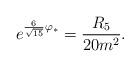
LaTeX: \begin{align*}e^{{6\over\sqrt{15}}\varphi_*}={R_5\over20m^2}.\end{align*}